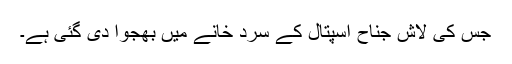
جس کی لاش جناح اسپتال کے سرد خانے میں بھجوا دی گئی ہے۔